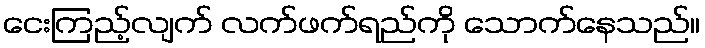
ငေးကြည့်လျက် လက်ဖက်ရည်ကို သောက်နေသည်။